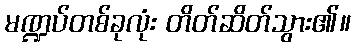
မဏ္ဍပ်တစ်ခုလုံး တိတ်ဆိတ်သွား၏။